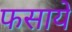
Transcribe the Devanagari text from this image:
फसाये